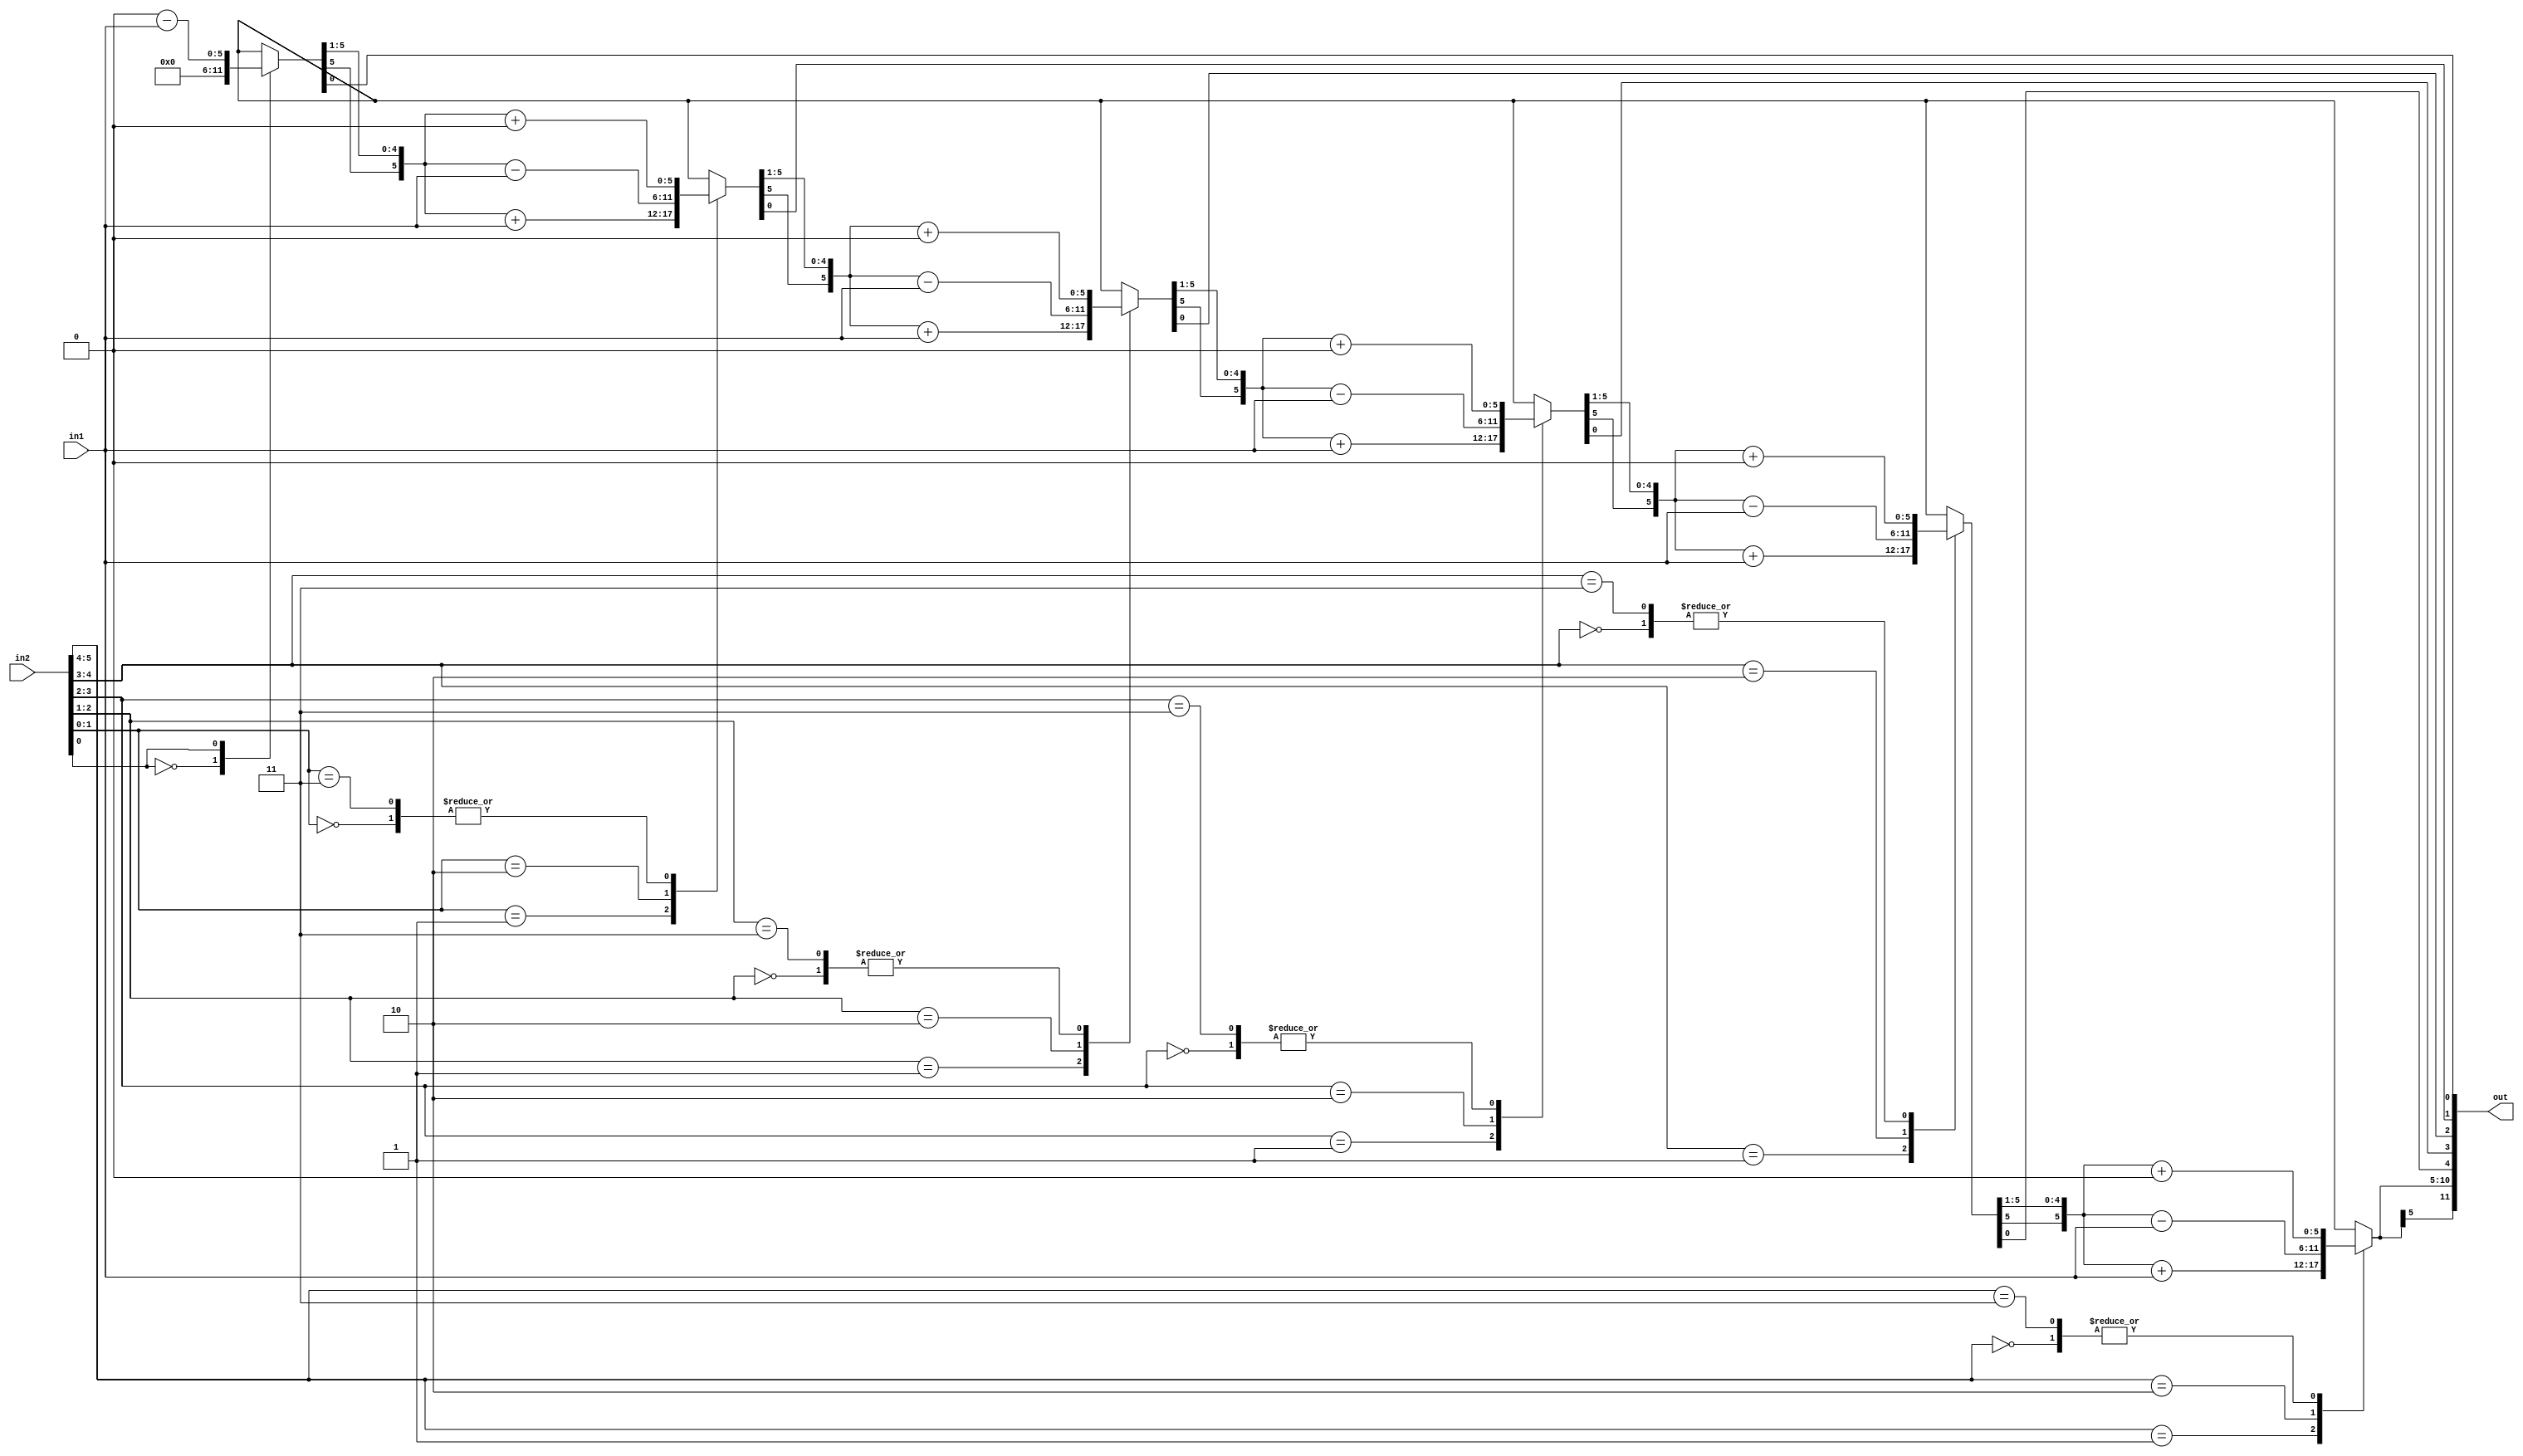
module booth(out, in1, in2);

parameter width = 6;

input  	[width-1:0] in1;   //multiplicand
input  	[width-1:0] in2;   //multiplier
output  [2*width-1:0] out; //product

reg [2*width-1:0] out;
reg [2*width:0] P;
reg [1:0] L;

always @(in1,in2)
begin
   P[2*width:width+1] = 6'b000000;
   P[width:1] = in2;
   P[0] = 1'b0;

   case (P[1:0])
      2'b00: P[2*width:width+1] = P[2*width:width+1] + 0;
      2'b01: P[2*width:width+1] = P[2*width:width+1] + in1;
      2'b10: P[2*width:width+1] = P[2*width:width+1] - in1;
      2'b11: P[2*width:width+1] = P[2*width:width+1] + 0;
   endcase

   P[2*width-1:0]=P[2*width:1];
   
   case (P[1:0])
      2'b00: P[2*width:width+1] = P[2*width:width+1] + 0;
      2'b01: P[2*width:width+1] = P[2*width:width+1] + in1;
      2'b10: P[2*width:width+1] = P[2*width:width+1] - in1;
      2'b11: P[2*width:width+1] = P[2*width:width+1] + 0;
   endcase

   P[2*width-1:0]=P[2*width:1];

   case (P[1:0])
      2'b00: P[2*width:width+1] = P[2*width:width+1] + 0;
      2'b01: P[2*width:width+1] = P[2*width:width+1] + in1;
      2'b10: P[2*width:width+1] = P[2*width:width+1] - in1;
      2'b11: P[2*width:width+1] = P[2*width:width+1] + 0;
   endcase

   P[2*width-1:0]=P[2*width:1];

   case (P[1:0])
      2'b00: P[2*width:width+1] = P[2*width:width+1] + 0;
      2'b01: P[2*width:width+1] = P[2*width:width+1] + in1;
      2'b10: P[2*width:width+1] = P[2*width:width+1] - in1;
      2'b11: P[2*width:width+1] = P[2*width:width+1] + 0;
   endcase

   P[2*width-1:0]=P[2*width:1];

   case (P[1:0])
      2'b00: P[2*width:width+1] = P[2*width:width+1] + 0;
      2'b01: P[2*width:width+1] = P[2*width:width+1] + in1;
      2'b10: P[2*width:width+1] = P[2*width:width+1] - in1;
      2'b11: P[2*width:width+1] = P[2*width:width+1] + 0;
   endcase

   P[2*width-1:0]=P[2*width:1];

   case (P[1:0])
      2'b00: P[2*width:width+1] = P[2*width:width+1] + 0;
      2'b01: P[2*width:width+1] = P[2*width:width+1] + in1;
      2'b10: P[2*width:width+1] = P[2*width:width+1] - in1;
      2'b11: P[2*width:width+1] = P[2*width:width+1] + 0;
   endcase

   P[2*width-1:0]=P[2*width:1];

   out[2*width-1:0] = P[2*width:1];
end

endmodule